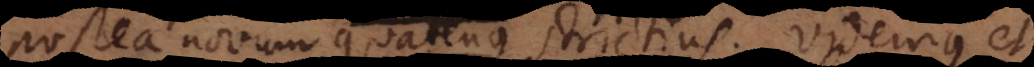
postea novum quatenus strictius. Videmus et